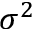
\sigma ^ { 2 }